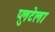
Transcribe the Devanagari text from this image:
प्लुटेला